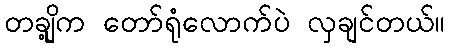
တချို့က တော်ရုံလောက်ပဲ လှချင်တယ်။